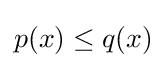
p(x)\leq q(x)